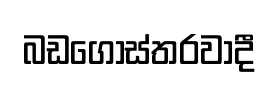
බඩගෝස්තරවාදී